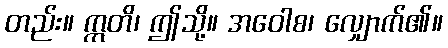
တည်း။ ဣတိ၊ ဤသို့။ အဝေါစ၊ လျှောက်၏။